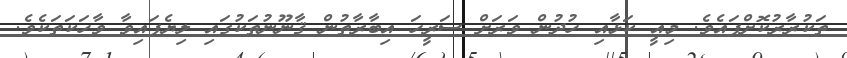
ތަކުރާރުކޮށްފައެވެ. މިއީ ކަޅާއި ހުދުން ވަރަށް ސަރީހަ އިބާރާތުން ޤާނޫނުތަކުގައި ލިޔެފައިވާ ވާހަކަތަކެވެ.